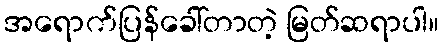
အရောက်ပြန်ခေါ်တာတဲ့ မြတ်ဆရာပါ။